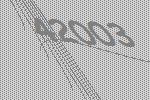
42003